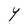
Character: Y